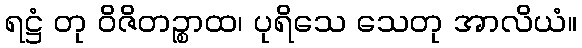
ရဋ္ဌံ တု ဝိဇိတဉ္စာထ၊ ပုရိသေ သေတု အာလိယံ။